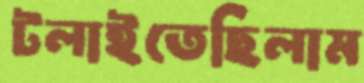
টলাইতেছিলাম